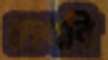
দেখবি